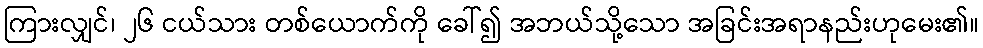
ကြားလျှင်၊ ၂၆ ငယ်သား တစ်ယောက်ကို ခေါ်၍ အဘယ်သို့သော အခြင်းအရာနည်းဟုမေး၏။